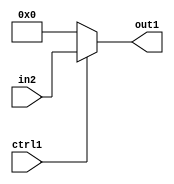
`timescale 1ps / 1ps
/*****************************************************************************
    Verilog RTL Description
    
    
    Created by: Stratus DpOpt 2019.1.01 
*******************************************************************************/

module feature_write_addr_gen_N_MuxB_320_2_9_4 (
	in2,
	ctrl1,
	out1
	); /* architecture "behavioural" */ 
input [319:0] in2;
input  ctrl1;
output [319:0] out1;
wire [319:0] asc001;

reg [319:0] asc001_tmp_0;
assign asc001 = asc001_tmp_0;
always @ (ctrl1 or in2) begin
	case (ctrl1)
		1'B1 : asc001_tmp_0 = in2 ;
		default : asc001_tmp_0 = 320'B00000000000000000000000000000000000000000000000000000000000000000000000000000000000000000000000000000000000000000000000000000000000000000000000000000000000000000000000000000000000000000000000000000000000000000000000000000000000000000000000000000000000000000000000000000000000000000000000000000000000000000000000000000000
    ;
	endcase
end

assign out1 = asc001;
endmodule

/* CADENCE  vLb1Swk= : u9/ySgnWtBlWxVPRXgAZ4Og= ** DO NOT EDIT THIS LINE ******/